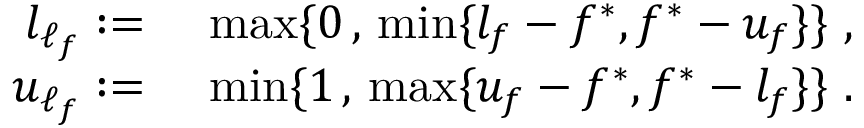
\begin{array} { r l } { l _ { \ell _ { f } } : = } & { ~ \operatorname* { m a x } \{ 0 \, , \, \operatorname* { m i n } \{ l _ { f } - f ^ { * } , f ^ { * } - u _ { f } \} \} ~ , } \\ { u _ { \ell _ { f } } : = } & { ~ \operatorname* { m i n } \{ 1 \, , \, \operatorname* { m a x } \{ u _ { f } - f ^ { * } , f ^ { * } - l _ { f } \} \} ~ . } \end{array}